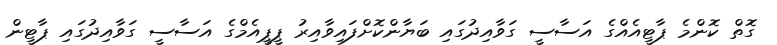
ގޮތް ކޮންމެ ޕާޓީއެއްގެ އަސާސީ ގަވާއިދުގައި ބަޔާންކޮށްފައިވާއިރު ޕީޕީއެމްގެ އަސާސީ ގަވާއިދުގައި ޕާޓީން